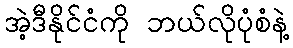
အဲ့ဒီနိုင်ငံကို ဘယ်လိုပုံစံနဲ့